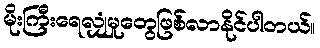
မိုးကြီးရေလျှံမှုတွေဖြစ်လာနိုင်ပါတယ်။